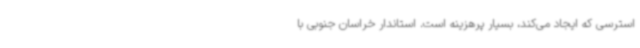
استرسی که ایجاد می‌کند، بسیار پرهزینه است. استاندار خراسان جنوبی با